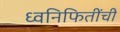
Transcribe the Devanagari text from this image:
ध्वनिफितींची